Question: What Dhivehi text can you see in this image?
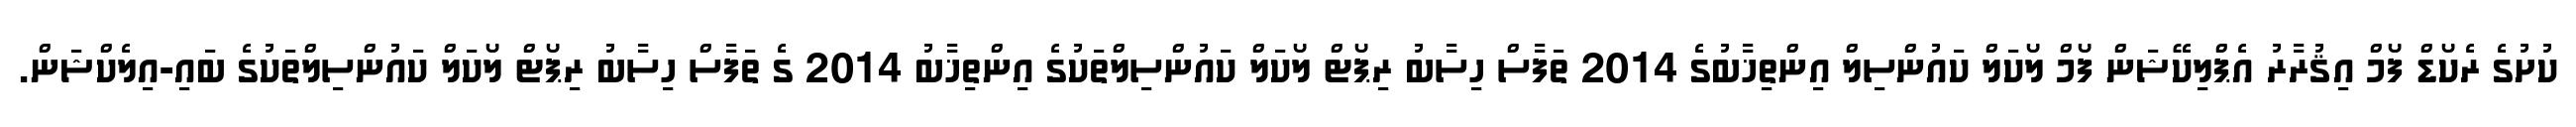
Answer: ކުށުގެ ރެކޯޑް ފޯމް އިޤުރާރު އެޕްލިކޭޝަން ފޯމް ލޯކަލް ކައުންސިލް އިންތިޚާބުގެ 2014 ތަފާސް ހިސާބު ރިޕޯޓް ލޯކަލް ކައުންސިލްތަކުގެ އިންތިޚާބު 2014 ގެ ތަފާސް ހިސާބު ރިޕޯޓް ލޯކަލް ކައުންސިލްތަކުގެ ބައި-އިލެކްޝަން.